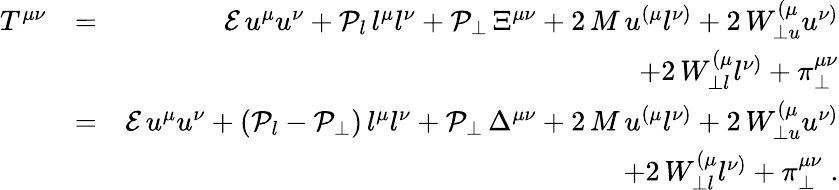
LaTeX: \begin{array}{rlr}{T^{\mu\nu}}&{=}&{\mathcal{E}\, u^{\mu}u^{\nu}+\mathcal{P}_{l}\, l^{\mu}l^{\nu}+\mathcal{P}_{\perp}\, \Xi^{\mu\nu}+2\, M\, u^{\left(\mu\right.}l^{\left.\nu\right)}+2\, W_{\perp u}^{\left(\mu\right.}u^{\left.\nu\right)}}\\ &{}&{+2\, W_{\perp l}^{\left(\mu\right.}l^{\left.\nu\right)}+\pi_{\perp}^{\mu\nu}}\\ &{=}&{\mathcal{E}\, u^{\mu}u^{\nu}+(\mathcal{P}_{l}-\mathcal{P}_{\perp})\, l^{\mu}l^{\nu}+\mathcal{P}_{\perp}\, \Delta^{\mu\nu}+2\, M\, u^{\left(\mu\right.}l^{\left.\nu\right)}+2\, W_{\perp u}^{\left(\mu\right.}u^{\left.\nu\right)}}\\ &{}&{+2\, W_{\perp l}^{\left(\mu\right.}l^{\left.\nu\right)}+\pi_{\perp}^{\mu\nu}\; .}\end{array}